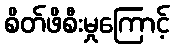
စိတ်ဖိစီးမှုကြောင့်